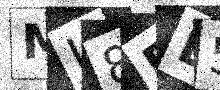
Text: MJ8ED5